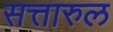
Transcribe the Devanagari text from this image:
सत्तारुल